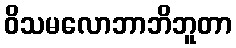
ဝိသမလောဘာဘိဘူတာ